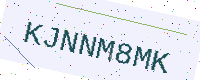
Text: KJNNM8MK